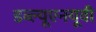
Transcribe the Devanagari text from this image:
डब्ल्यूएनयूवी